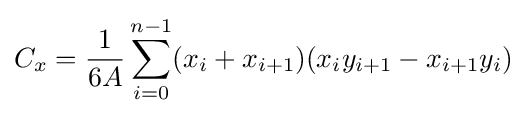
C_{x}={\frac {1}{6A}}\sum _{i=0}^{n-1}(x_{i}+x_{i+1})(x_{i}y_{i+1}-x_{i+1}y_{i})